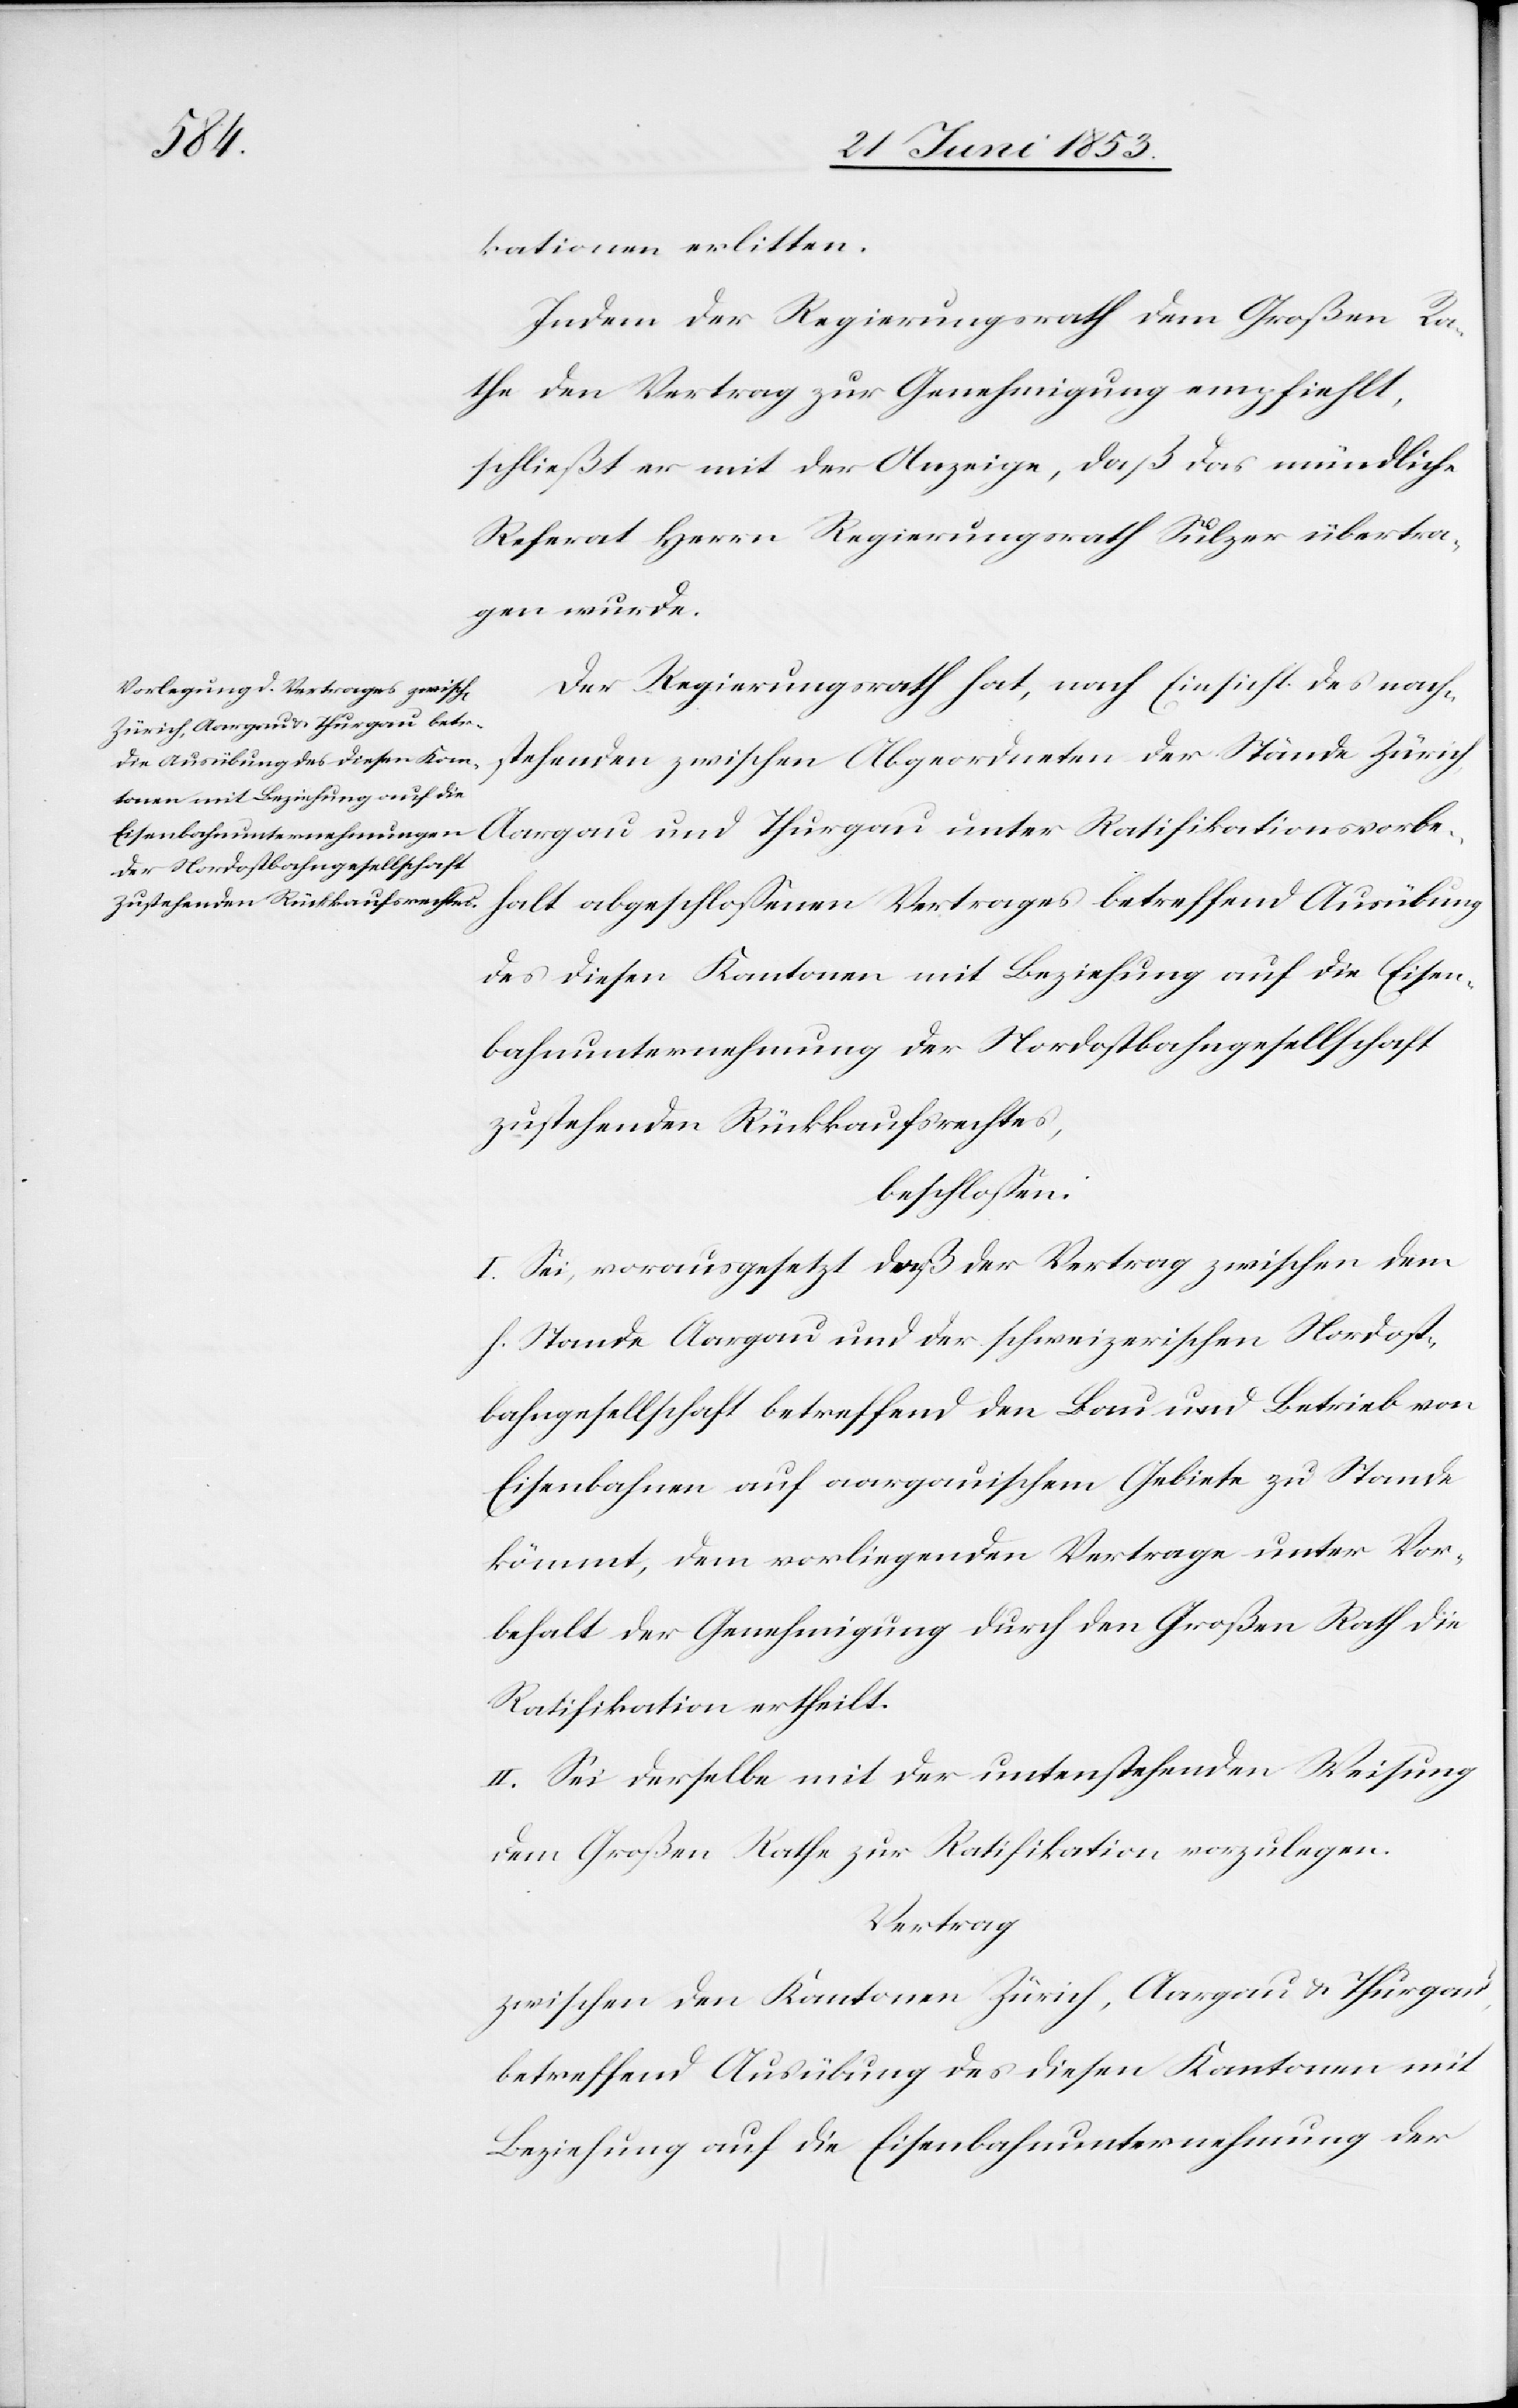
kationen erlitten.
Indem der Regierungsrath dem Großen Ra¬
the den Vertrag zur Genehmigung empfiehlt,
schließt er mit der Anzeige, daß das mündliche
Referat Herrn Regierungsrath Sulzer übertra¬
gen wurde.
Der Regierungsrath hat, nach Einsicht des nach¬
stehenden zwischen Abgeordneten der Stände Zürich,
Aargau und Thurgau unter Ratifikationsvorbe¬
halt abgeschloßenen Vertrages betreffend Ausübung
des diesen Kantonen mit Beziehung auf die Eisen¬
bahnunternehmung der Nordostbahngesellschaft
zustehenden Rückkaufsrechtes,
beschloßen:
I. Sei, vorausgesetzt daß der Vertrag zwischen
h. Stande Aargau und der schweizerischen Nordost¬
bahngesellschaft betreffend den Bau und Betrieb von
Eisenbahnen auf aargauischem Gebiete zu Stande
kömmt, dem vorliegenden Vertrage unter Vor¬
behalt der Genehmigung durch den Großen Rath die
Ratifikation ertheilt.
II. Sei derselbe mit der untenstehenden Weisung
dem Großen Rathe zur Ratifikation vorzulegen.
Vertrag
Zwischen den Kantonen Zürich, Aargau u. Thurgau,
betreffend Ausübung des diesen Kantonen mit
Beziehung auf die Eisenbahnunternehmung der